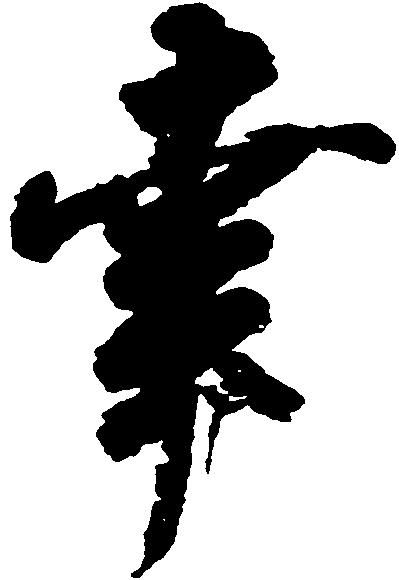
幸